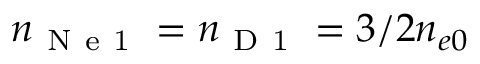
n _ { \mathrm { ~ N ~ e ~ 1 ~ } } = n _ { \mathrm { ~ D ~ 1 ~ } } = 3 / 2 n _ { e 0 }